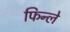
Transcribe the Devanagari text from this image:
फिन्ले